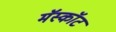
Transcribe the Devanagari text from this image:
मॅस्कॉट